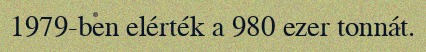
1979-ben elérték a 980 ezer tonnát.